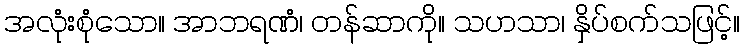
အလုံးစုံသော။ အာဘရဏံ၊ တန်ဆာကို။ သဟသာ၊ နှိပ်စက်သဖြင့်။